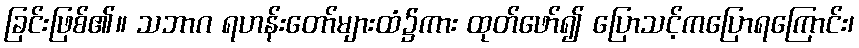
ခြင်းဖြစ်၏။ သဘာဂ ရဟန်းတော်များထံ၌ကား ထုတ်ဖော်၍ ပြောသင့်ကပြောရကြောင်း၊